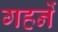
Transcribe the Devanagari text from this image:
गहनें